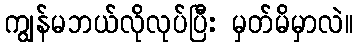
ကျွန်မဘယ်လိုလုပ်ပြီး မှတ်မိမှာလဲ။